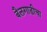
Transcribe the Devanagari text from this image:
बैलगाडीचा